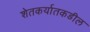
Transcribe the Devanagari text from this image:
शेतकर्यातकडील